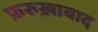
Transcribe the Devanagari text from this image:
फ़रुख़ाबाद